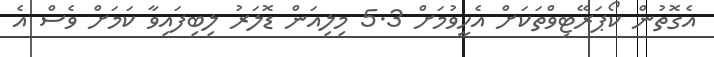
އެގޮތުން ކޯޕަރޭޓިވްތަކަށް އެހީވުމަށް 5.3 މިލިއަން ޑޮލަރު ލިބިފައިވާ ކަމަށް ވެސް އެ